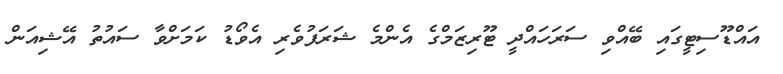
އައްޑޫސިޓީގައި ބޭއްވި ސަރަހައްދީ ޓޫރިޒަމްގެ އެންމެ ޝަރަފުވެރި އެވޯޑު ކަމަށްވާ ސައުތު އޭޝިއަން